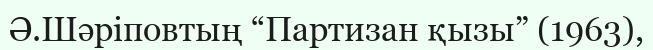
Ә.Шәріповтың “Партизан қызы” (1963),